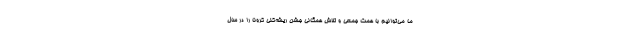
ما می‌توانیم با همت جمعی و تلاش همگانی جشن ریشه‌کنی کرونا را در سال